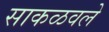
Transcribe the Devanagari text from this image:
साकळवले